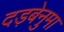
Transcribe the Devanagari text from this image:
दड़बेनुमा